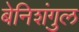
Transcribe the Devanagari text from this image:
बेनिशंगुल